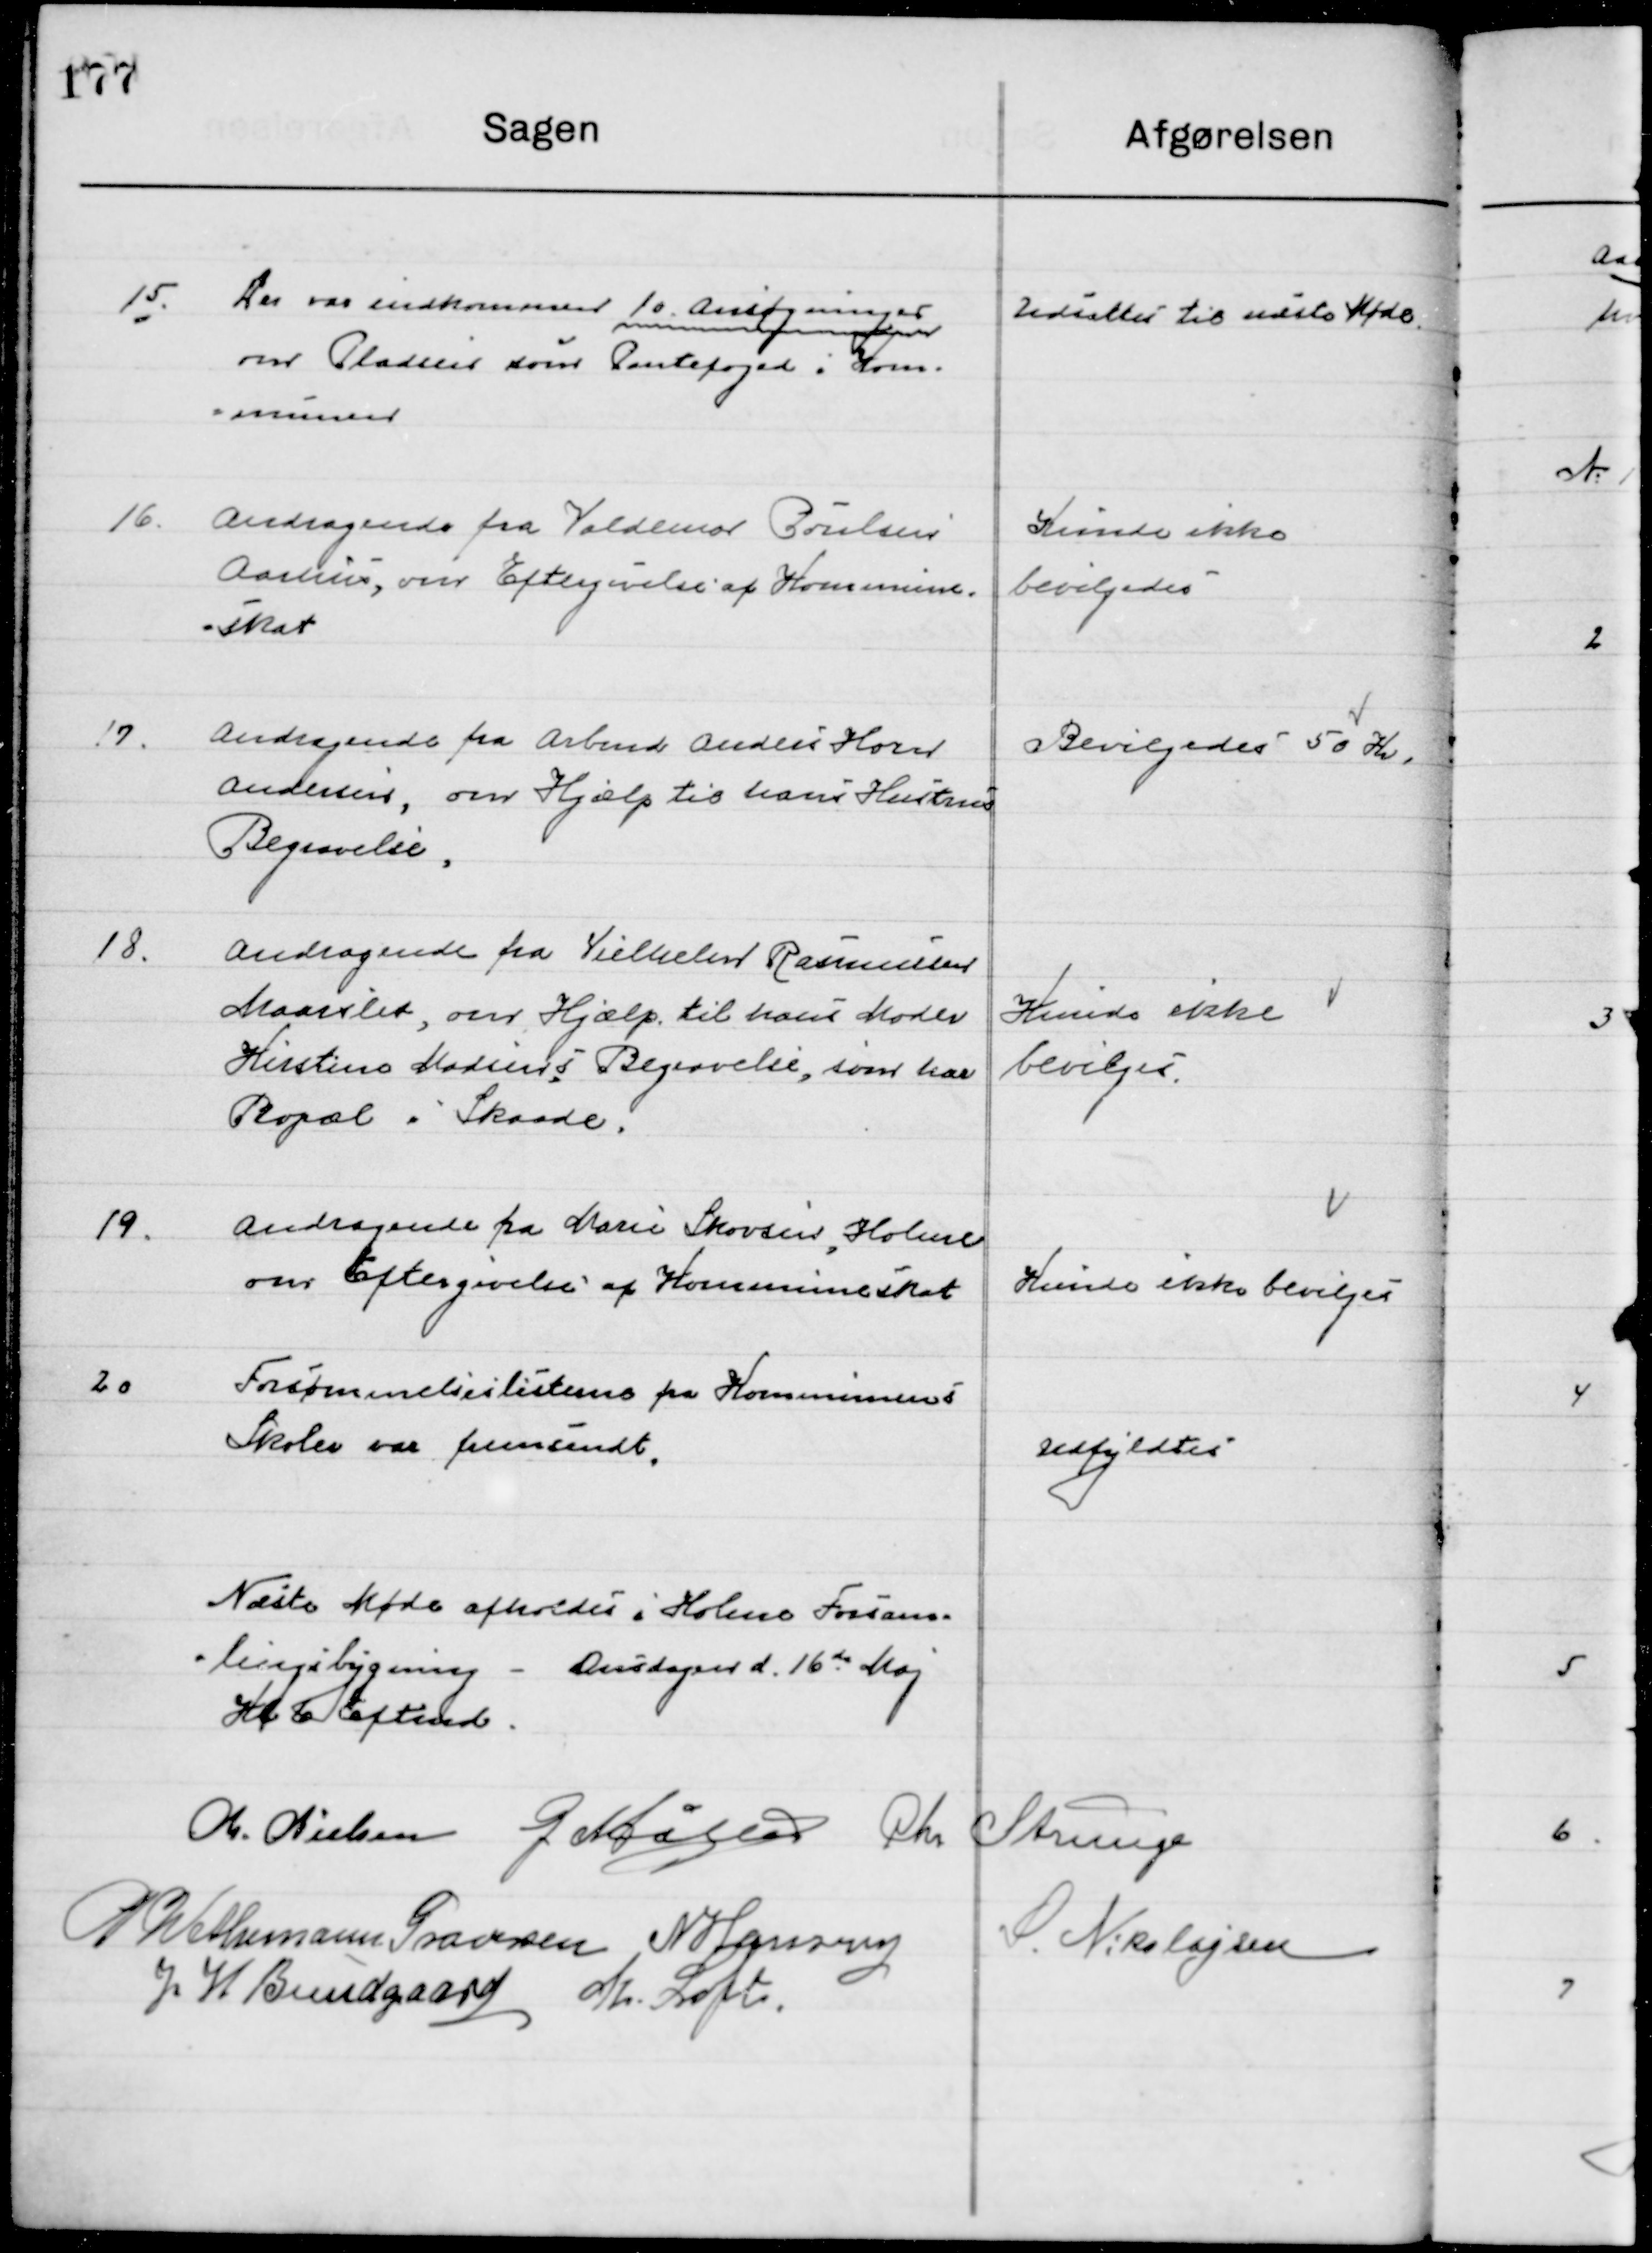
Transskription:
15

Der var indkommen 10 Ansøgninger
Om Pladsen som Pantefoged i Kom- 	
munen.

Udsættes til næste Møde

16

Andragende fra Valdemar Poulsen
Aarhus, om Eftergivelse af Kommune-
skat.

Kunne ikke 
bevilges

17

Andragende fra Arbmd. Anders Horst
Andersen, om Hjælp til hans Hustrus
Begravelse

Bevilgedes 50 Kr.

18

Andragende fra Vilhelm Rasmussen
Maaslet, om Hjælp til hans Moder
Kirstine Madsines Begravelse, som har  	
Bopæl i Skaade.

Kunne ikke 
bevilges

19

Andragende fra Marie Skovsen, Holme
om Eftergivelse af Kommuneskat.

Kunne ikke bevilges

20

Forsømmelseslisten fra Kommunens 
Skoler var fremsendt.

Udfyldes

Næste Møde afholdes i Holme Forsamlings-
bygning - Onsdag d. 16de Maj 
Kl. 6 Eftermd.

M. Nielsen
G. Møller
Chr. Strunge
P. Wethemann Graversen
N. Hansen
S. Nikolajsen
J. H. Bundgaard
M. Loft